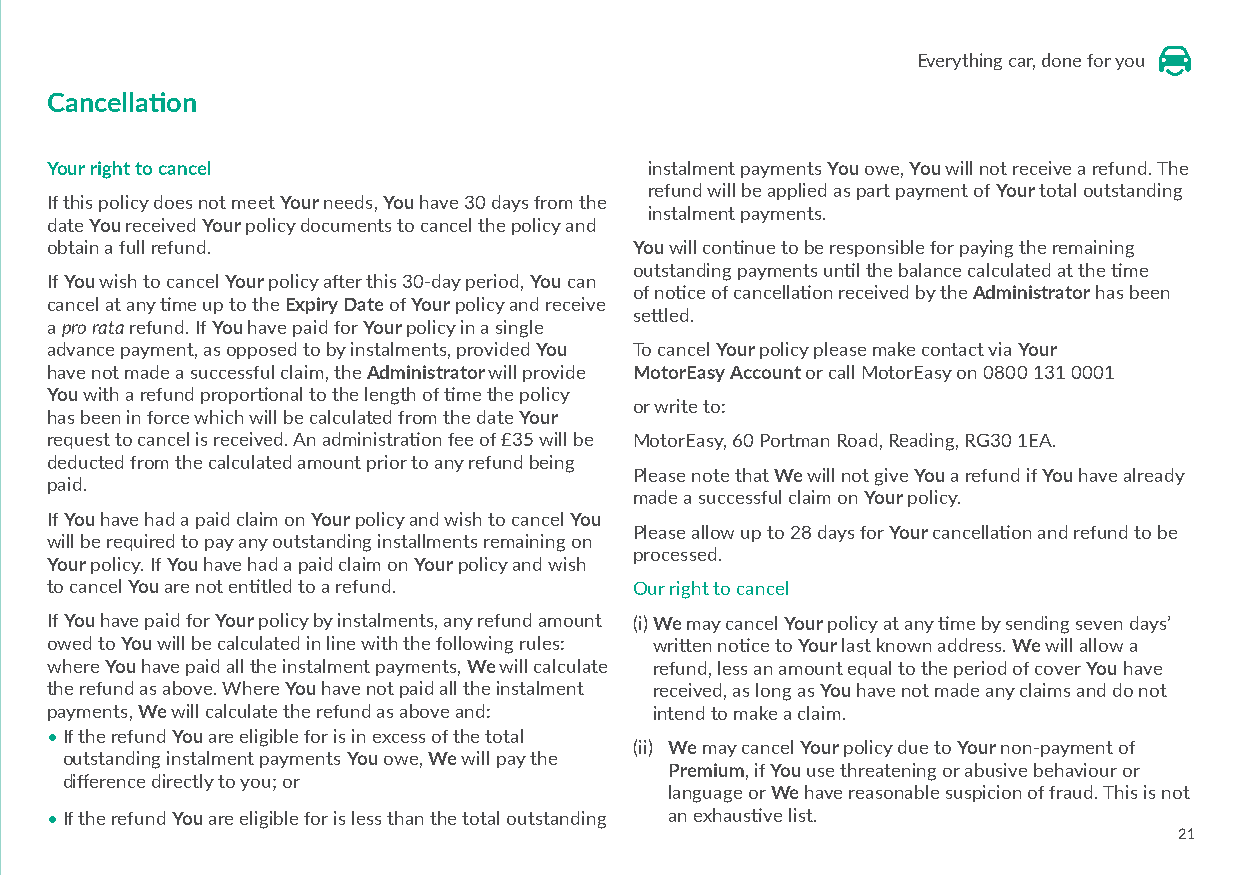
Everything car, done for you
 Cancellation
 Your right to cancel                    instalment payments You owe, You will not receive a refund. The
 refund will be applied as part payment of Your total outstanding
 If this policy does not meet Your needs, You have 30 days from the
 instalment payments.
 date You received Your policy documents to cancel the policy and
 obtain a full refund.                  You will continue to be responsible for paying the remaining
 outstanding payments until the balance calculated at the time
 If You wish to cancel Your policy after this 30-day period, You can
 of notice of cancellation received by the Administrator has been
 cancel at any time up to the Expiry Date of Your policy and receive
 settled.
 a pro rata refund. If You have paid for Your policy in a single
 advance payment, as opposed to by instalments, provided You To cancel Your policy please make contact via Your
 have not made a successful claim, the Administrator will provide MotorEasy Account or call MotorEasy on 0800 131 0001
 You with a refund proportional to the length of time the policy
 or write to:
 has been in force which will be calculated from the date Your
 request to cancel is received. An administration fee of £35 will be MotorEasy, 60 Portman Road, Reading, RG30 1EA.
 deducted from the calculated amount prior to any refund being
 Please note that We will not give You a refund if You have already
 paid.
 made a successful claim on Your policy.
 If You have had a paid claim on Your policy and wish to cancel You
 Please allow up to 28 days for Your cancellation and refund to be
 will be required to pay any outstanding installments remaining on
 processed.
 Your policy. If You have had a paid claim on Your policy and wish
 to cancel You are not entitled to a refund. Our right to cancel
 If You have paid for Your policy by instalments, any refund amount (i) We may cancel Your policy at any time by sending seven days’
 owed to You will be calculated in line with the following rules: written notice to Your last known address. We will allow a
 where You have paid all the instalment payments, We will calculate refund, less an amount equal to the period of cover You have
 the refund as above. Where You have not paid all the instalment received, as long as You have not made any claims and do not
 payments, We will calculate the refund as above and: intend to make a claim.
 • I f the refund You are eligible for is in excess of the total
 (ii) We may cancel Your policy due to Your non-payment of
 outstanding instalment payments You owe, We will pay the
 Premium, if You use threatening or abusive behaviour or
 difference directly to you; or
 language or We have reasonable suspicion of fraud. This is not
 • I f the refund You are eligible for is less than the total outstanding an exhaustive list.
 21